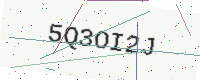
Text: 5Q3OI2J